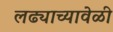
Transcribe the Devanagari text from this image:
लढ्याच्यावेळी